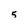
Character: 5